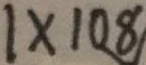
1 \times 1 0 8